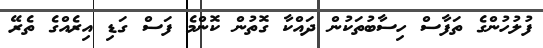
ފުލުހުންގެ ތަފާސް ހިސާބުތަކުން ދައްކާ ގޮތުން ކޮންމެ ފަސް ގަޑި އިރެއްގެ ތެރޭ